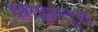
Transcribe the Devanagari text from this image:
ख्राइस्ट्स